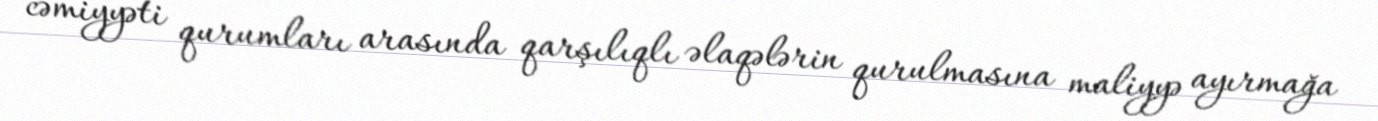
cəmiyyəti qurumları arasında qarşılıqlı əlaqələrin qurulmasına maliyyə ayırmağa